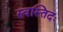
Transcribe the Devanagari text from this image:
स्वस्तिदः